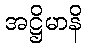
အဋ္ဌိမာနိ